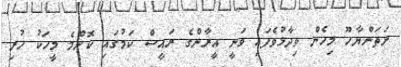
ނަތަންޔާހޫ މިހެން ވިދާޅުވެފައި ވަނީ އީރާންގެ ރައީސް ކަމުގައި ކޮންމެ މީހަކު ހުރި